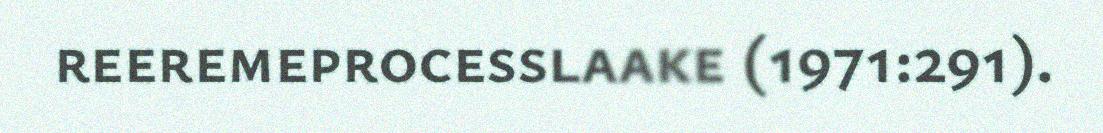
reeremeprocesslaake (1971:291).